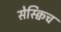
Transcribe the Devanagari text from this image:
सेस्क्विच